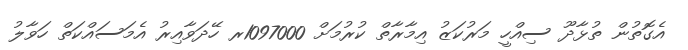
އެގޮތުން ތުޅާދޫ ސިއްހީ މަރުކަޒު އިމާރާތް ކުރުމަށް 1097000ރ ހޭދަވާއިރު އެމަސައްކަތް ހަވާލު